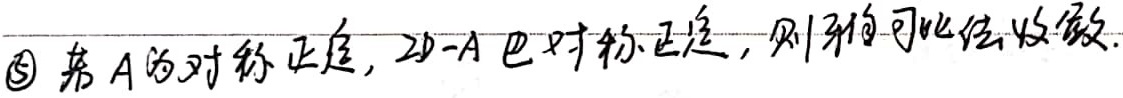
\textcircled{5} 若\(A\)为对称正定，\(2D - A\)也对称正定，则雅可比迭代收敛。